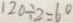
1 2 0 \div 2 = 6 0